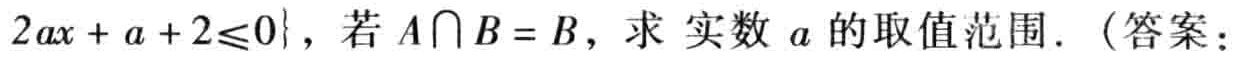
已知\(A = \{x\mid -2\leqslant x\leqslant 4\}\)，\(B=\{x\mid 2ax + a + 2\leqslant 0\}\)，若\(A\cap B = B\)，求 实数 \(a\) 的取值范围.（答案：  ）